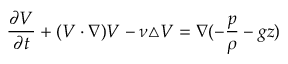
\frac { \partial \boldsymbol { V } } { \partial t } + ( \boldsymbol { V } \cdot \nabla ) \boldsymbol { V } - \nu \triangle \boldsymbol { V } = \nabla ( - \frac { p } { \rho } - g z )